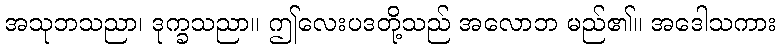
အသုဘသညာ၊ ဒုက္ခသညာ။ ဤလေးပဒတို့သည် အလောဘ မည်၏။ အဒေါသကား